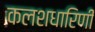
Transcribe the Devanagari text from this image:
कलशधारिणी